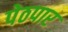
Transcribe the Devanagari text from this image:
पेठपार